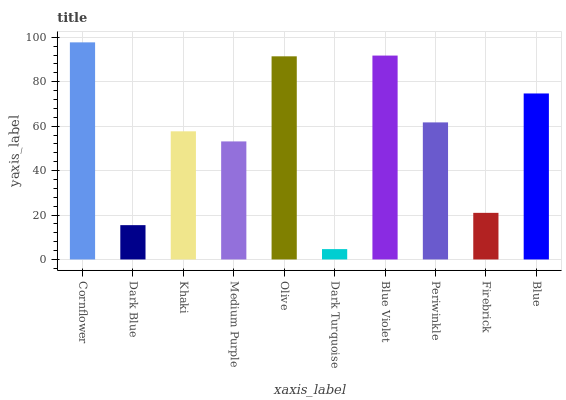
| xaxis_label | bars |
 | --- | --- |
 | Cornflower | 97.7 |
 | Dark Blue | 15.4 |
 | Khaki | 57.7 |
 | Medium Purple | 53.1 |
 | Olive | 91.4 |
 | Dark Turquoise | 4.66 |
 | Blue Violet | 91.8 |
 | Periwinkle | 61.7 |
 | Firebrick | 21 |
 | Blue | 74.7 |